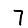
Digit: 7